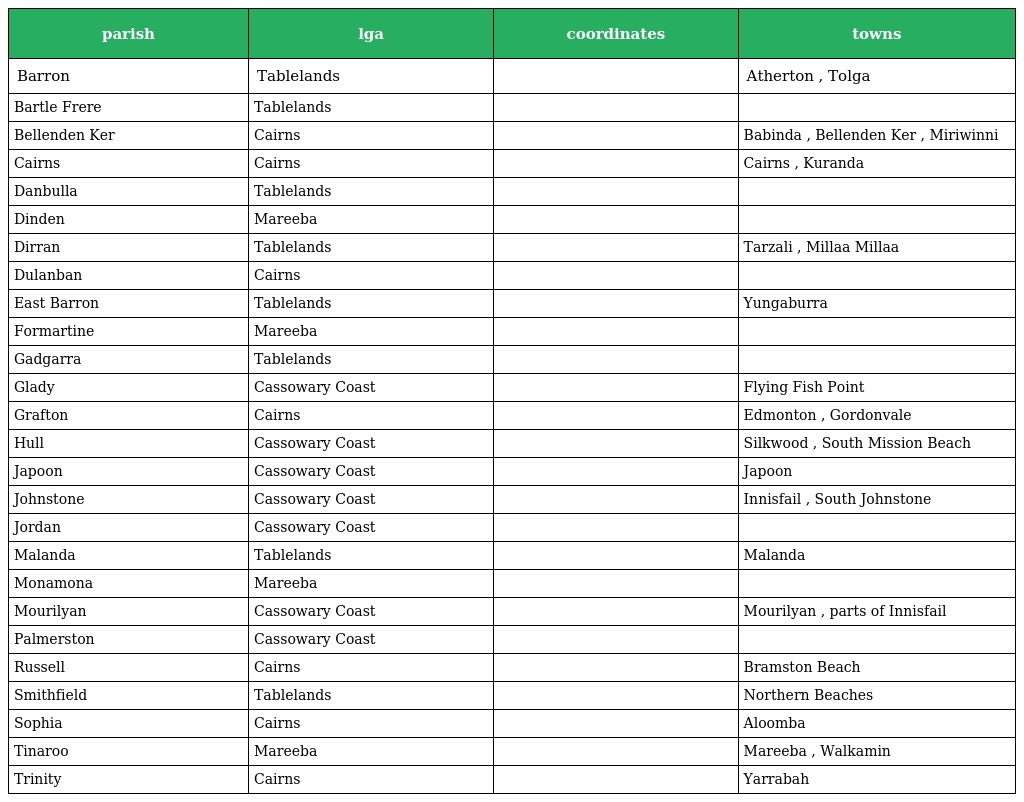
| parish | lga | coordinates | towns |
 | --- | --- | --- | --- |
 | Barron | Tablelands |  | Atherton , Tolga |
 | Bartle Frere | Tablelands |  |  |
 | Bellenden Ker | Cairns |  | Babinda , Bellenden Ker , Miriwinni |
 | Cairns | Cairns |  | Cairns , Kuranda |
 | Danbulla | Tablelands |  |  |
 | Dinden | Mareeba |  |  |
 | Dirran | Tablelands |  | Tarzali , Millaa Millaa |
 | Dulanban | Cairns |  |  |
 | East Barron | Tablelands |  | Yungaburra |
 | Formartine | Mareeba |  |  |
 | Gadgarra | Tablelands |  |  |
 | Glady | Cassowary Coast |  | Flying Fish Point |
 | Grafton | Cairns |  | Edmonton , Gordonvale |
 | Hull | Cassowary Coast |  | Silkwood , South Mission Beach |
 | Japoon | Cassowary Coast |  | Japoon |
 | Johnstone | Cassowary Coast |  | Innisfail , South Johnstone |
 | Jordan | Cassowary Coast |  |  |
 | Malanda | Tablelands |  | Malanda |
 | Monamona | Mareeba |  |  |
 | Mourilyan | Cassowary Coast |  | Mourilyan , parts of Innisfail |
 | Palmerston | Cassowary Coast |  |  |
 | Russell | Cairns |  | Bramston Beach |
 | Smithfield | Tablelands |  | Northern Beaches |
 | Sophia | Cairns |  | Aloomba |
 | Tinaroo | Mareeba |  | Mareeba , Walkamin |
 | Trinity | Cairns |  | Yarrabah |